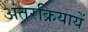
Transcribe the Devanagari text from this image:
अंतरक्रियायें